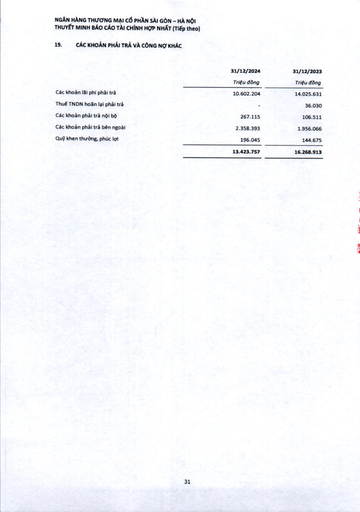
||31/12/2024|31/12/2023| |---|---|---| ||Triệu đồng|Triệu đồng| |Các khoản lãi phí phải trả|10.602.204|14.025.631| |Thuế TNDN hoãn lại phải trả|-|36.030| |Các khoản phải trả nội bộ|267.115|106.511| |Các khoản phải trả bên ngoài|2.358.393|1.956.066| |Quỹ khen thưởng, phúc lợi|196.045|144.675| ||13.423.757|16.268.913|